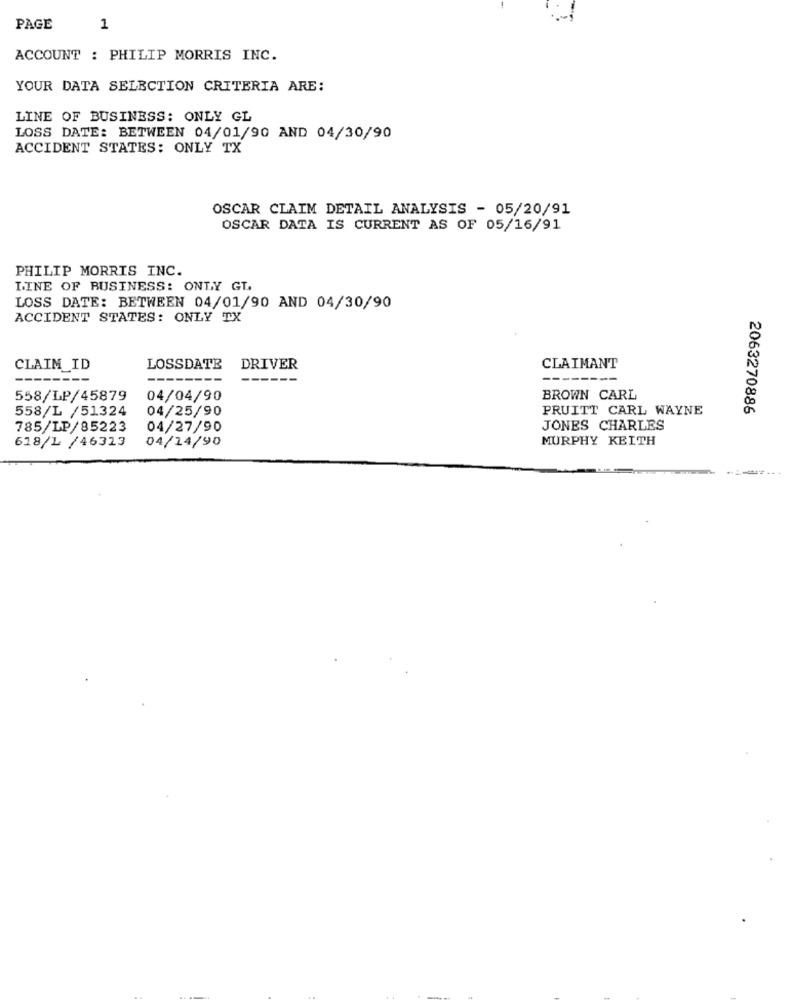
PAGE
1
ACCOUNT : PHILIP MORRIS INC.
YOUR DATA SELECTION CRITERIA ARE:
LINE OF BUSINESS: ONLY GL
LOSS DATE: BETWEEN 04/01/90 AND 04/30/90
ACCIDENT STATES: ONLY TX
OSCAR CLAIM DETAIL ANALYSIS - 05/20/91
OSCAR DATA IS CURRENT AS OF 05/16/91
PHILIP MORRIS INC.
LINE OF BUSINESS: ONLY GT.
LOSS DATE: BETWEEN 04/01/90 AND 04/30/90
ACCIDENT STATES: ONLY TX
CLAIM_ID
LOSSDATE
DRIVER
CLAIMANT
------
558/LP/45879
04/04/90
BROWN CARL
558/L /51324
04/25/90
PRUITT CARL WAYNE
2063270886
785/LP/85223
04/27/90
JONES CHARLES
618/1 /46323
04/14/90
MURPHY KEITH